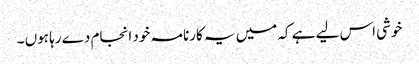
خوشی اس لیے ہے کہ میں یہ کارنامہ خود انجام دے رہا ہوں ۔